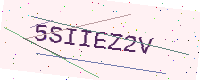
Text: 5SIIEZ2V